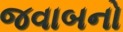
જવાબનો